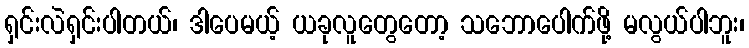
ရှင်းလဲရှင်းပါတယ်၊ ဒါပေမယ့် ယခုလူတွေတော့ သဘောပေါက်ဖို့ မလွယ်ပါဘူး၊